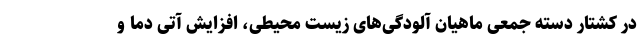
در کشتار دسته جمعی ماهیان آلودگی‌های زیست محیطی، افزایش آتی دما و